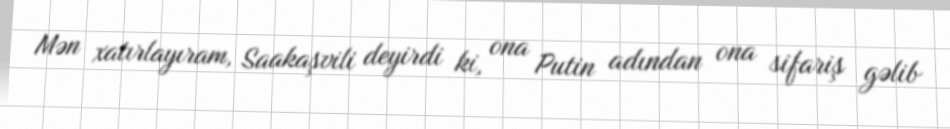
Mən xatırlayıram, Saakaşvili deyirdi ki, ona Putin adından ona sifariş gəlib